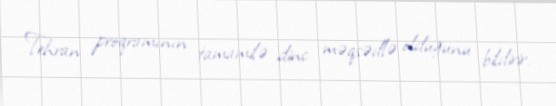
Tehran proqramının tamamilə dinc məqsədlə olduğunu bildirir.